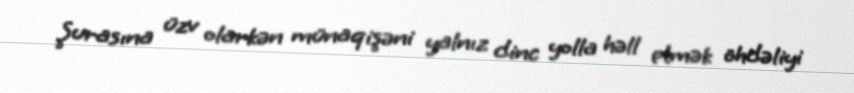
Şurasına üzv olarkən münaqişəni yalnız dinc yolla həll etmək öhdəliyi